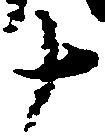
十